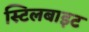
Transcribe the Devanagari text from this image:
स्टिलबाइट